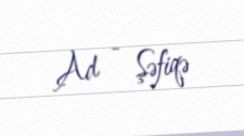
Ad - Şəfiqə